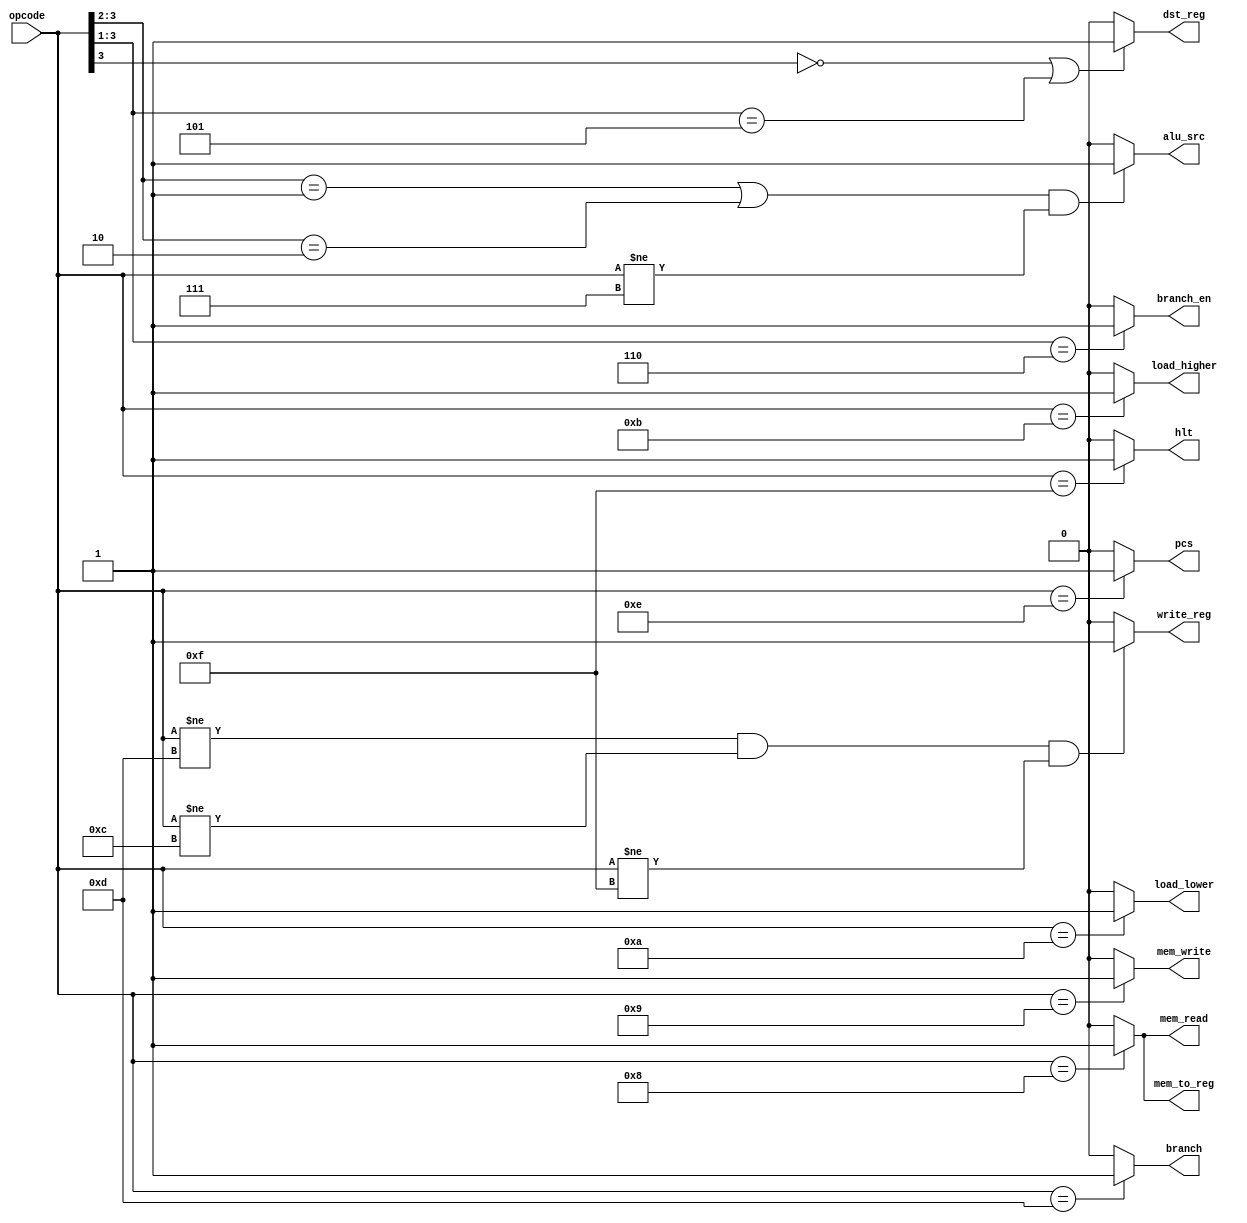
module ControlUnit(

    input [3:0] opcode,
    output dst_reg, alu_src, mem_read, mem_write, mem_to_reg, write_reg, branch_en, branch, pcs, load_higher, load_lower, hlt

);

    // High for instructions: LHB, LLB, ADD, SUB, XOR, RED, PADDSB, SLL, SRA, ROR
    assign dst_reg = ( (opcode[3] == 1'b0) | (opcode[3:1] == 3'b101) ) ? 1 : 0;

    // High for instructions: SLL, SRA, RORO, LW, SW, LLB, LHB
    assign alu_src = ( ((opcode[3:2] == 2'b01) | (opcode[3:2] == 2'b10)) & (opcode != 4'b0111) ) ? 1 : 0;

    // High for instructions: LW
    assign mem_read = (opcode == 4'b1000) ? 1 : 0;

    // High for instructions: SW
    assign mem_write = (opcode == 4'b1001) ? 1 : 0;

    // High for instructions: LW
    assign mem_to_reg = (opcode == 4'b1000) ? 1 : 0;

    // High for instructions: ADD, SUB, XOR, RED, SLL, SRA, ROR, PADDSB, LW, LLB, LHB, BR, PCS
    assign write_reg = ( (opcode != 'b1101) & (opcode != 4'b1100) & (opcode != 4'b1111) ) ? 1 : 0;

    // High for instructions: B, BR
    assign branch_en = (opcode[3:1] == 3'b110) ? 1 : 0;

    // High for instructions: BR
    assign branch = (opcode == 4'b1101) ? 1 : 0;

    // High for instructions: PCS
    assign pcs = (opcode == 4'b1110) ? 1 : 0;

    // High for instructions: HLT
    assign hlt = (opcode == 4'b1111) ? 1 : 0;

    // High for instructions: LHB
    assign load_higher = (opcode == 4'b1011) ? 1 : 0;

    // High for instructions: LLB
    assign load_lower = (opcode == 4'b1010) ? 1 : 0;

endmodule